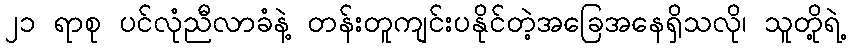
၂၁ ရာစု ပင်လုံညီလာခံနဲ့ တန်းတူကျင်းပနိုင်တဲ့အခြေအနေရှိသလို၊ သူတို့ရဲ့